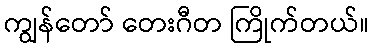
ကျွန်တော် တေးဂီတ ကြိုက်တယ်။